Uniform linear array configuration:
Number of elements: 8
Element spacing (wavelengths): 0.5
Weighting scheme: exponential
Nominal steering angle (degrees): -60
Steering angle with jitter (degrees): -61.905
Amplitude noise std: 0.05
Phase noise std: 0.05

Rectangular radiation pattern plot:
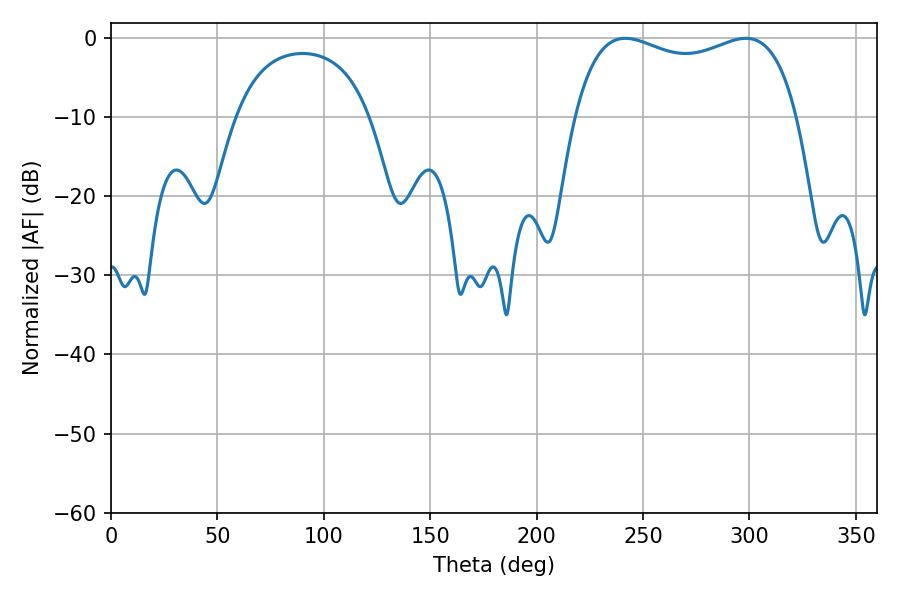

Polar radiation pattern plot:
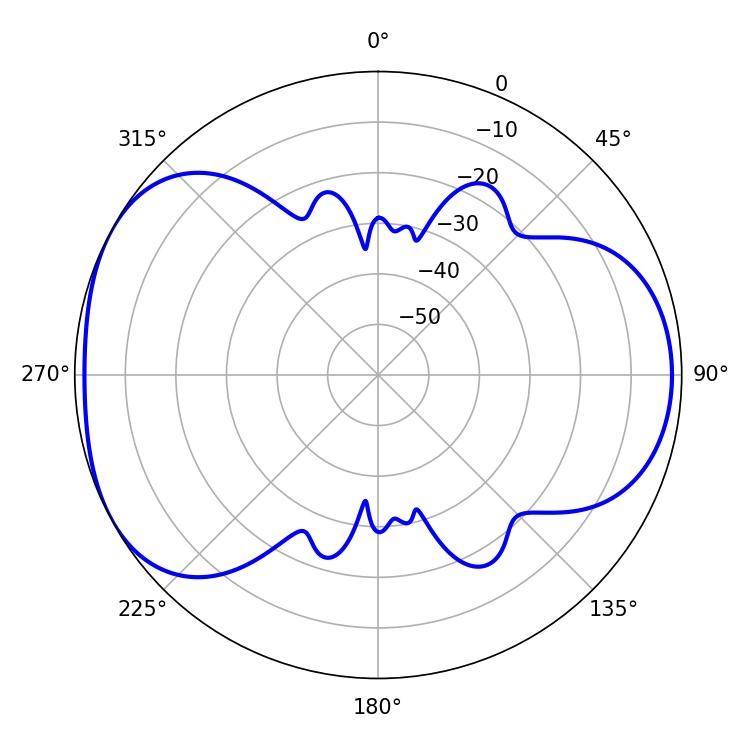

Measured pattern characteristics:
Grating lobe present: FALSE
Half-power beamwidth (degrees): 85.68
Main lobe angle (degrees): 241.74